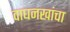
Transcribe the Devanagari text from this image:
वाघनखांचा